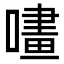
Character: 㗲